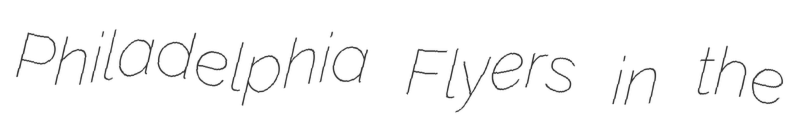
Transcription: Philadelphia Flyers in the